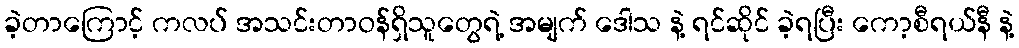
ခဲ့တာကြောင့် ကလပ် အသင်းတာဝန်ရှိသူတွေရဲ့ အမျက် ဒေါသ နဲ့ ရင်ဆိုင် ခဲ့ရပြီး ကော့စီရယ်နီ နဲ့